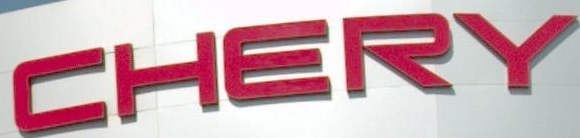
CHERY